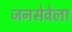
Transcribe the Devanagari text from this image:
जनसेवेला